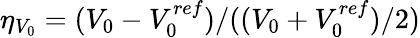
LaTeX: \eta_{V_{0}}=(V_{0}-V_{0}^{ref})/((V_{0}+V_{0}^{ref})/2)